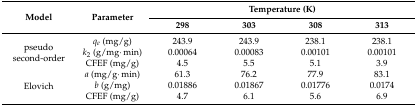
| <ROWSPAN=2> Model | <ROWSPAN=2> Parameter | <COLSPAN=4> Temperature (K) |
 | 298 | 303 | 308 | 313 |
 | --- | --- | --- | --- | --- | --- |
 | <ROWSPAN=3> pseudo second-order | qe (mg/g) | 243.9 | 243.9 | 238.1 | 238.1 |
 | k2 (g/mg·min) | 0.00064 | 0.00083 | 0.00101 | 0.00101 |
 | CFEF (mg/g) | 4.5 | 5.5 | 5.1 | 3.9 |
 | <ROWSPAN=3> Elovich | a (mg/g·min) | 61.3 | 76.2 | 77.9 | 83.1 |
 | b (g/mg) | 0.01886 | 0.01867 | 0.01776 | 0.0174 |
 | CFEF (mg/g) | 4.7 | 6.1 | 5.6 | 6.9 |